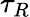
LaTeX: \tau_{R}